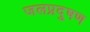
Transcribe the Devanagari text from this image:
जलप्रदुषण